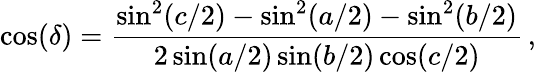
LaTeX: \cos(\delta)=\frac{\sin^{2}(c/2)-\sin^{2}(a/2)-\sin^{2}(b/2)}{2\sin(a/2)\sin(b/2)\cos(c/2)}\, ,